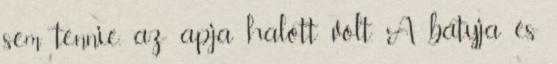
sem tennie, az apja halott volt. A bátyja és